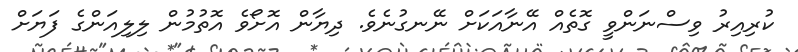
ކުރިއިރު ވިސްނަންވީ ގޮތެއް އޭނާއަކަށް ނޭނގުނެވެ. ދިޔާން އޮށޯވެ އޮތުމުން ލިލިއަންގެ ފަޔަަށް